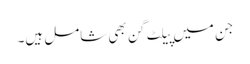
جن میں پیلٹ گن بھی شامل ہیں۔